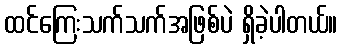
ထင်ကြေးသက်သက်အဖြစ်ပဲ ရှိခဲ့ပါတယ်။